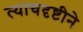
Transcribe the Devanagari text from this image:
त्याचदृष्टीने